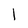
Character: l